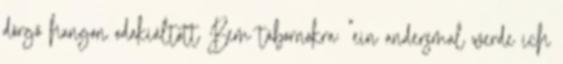
dörgő hangon odakiáltott Bem tábornokra: "ein andersmal werde ich